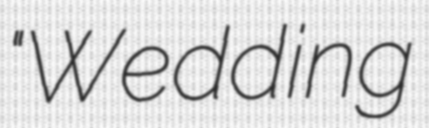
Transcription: "Wedding